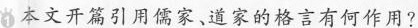
本文开篇引用儒家、道家的格言有何作用？